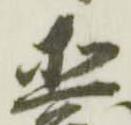
直